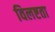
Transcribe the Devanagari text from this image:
विलष्टता